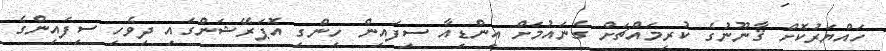
ހައްޔަރުކޮށް ޤާނޫނުގެ ކުރިމައްޗަށް ގެނައުމަށް އިންޑިއާ ސިފައިން ހިންގި އޮޕަރޭޝަންގައި ދިވެހި ސިފައިންގެ